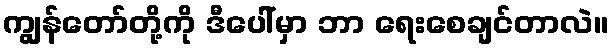
ကျွန်တော်တို့ကို ဒီပေါ်မှာ ဘာ ရေးစေချင်တာလဲ။